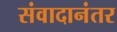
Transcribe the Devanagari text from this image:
संवादानंतर